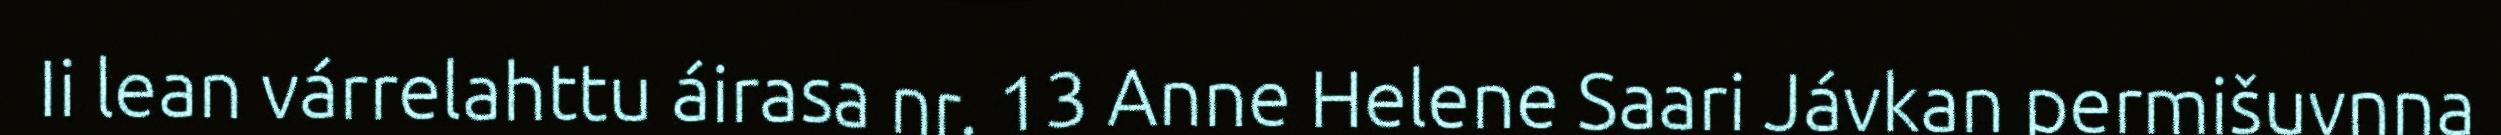
Ii lean várrelahttu áirasa nr. 13 Anne Helene Saari Jávkan permišuvnna